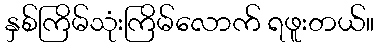
နှစ်ကြိမ်သုံးကြိမ်လောက် ရဖူးတယ်။